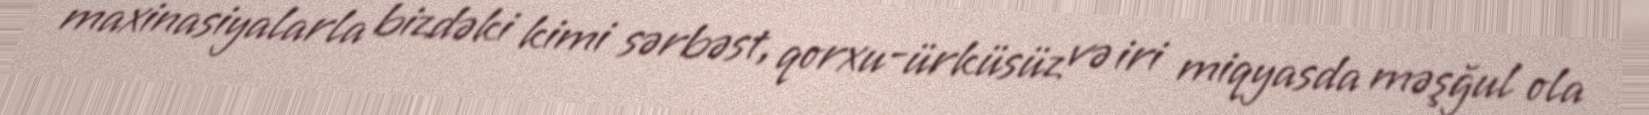
maxinasiyalarla bizdəki kimi sərbəst, qorxu-ürküsüz və iri miqyasda məşğul ola